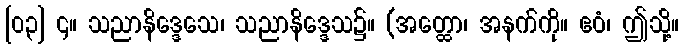
[၀၃] ၄။ သညာနိဒ္ဒေသေ၊ သညာနိဒ္ဒေသ၌။ (အတ္ထော၊ အနက်ကို။ ဧဝံ၊ ဤသို့။